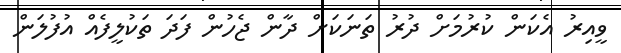
ވީއިރު އެކަން ކުރުމަށް ދުރު ތަނަކަށް ދާން ޖެހުން ފަދަ ތަކުލީފެއް އުފުލަން